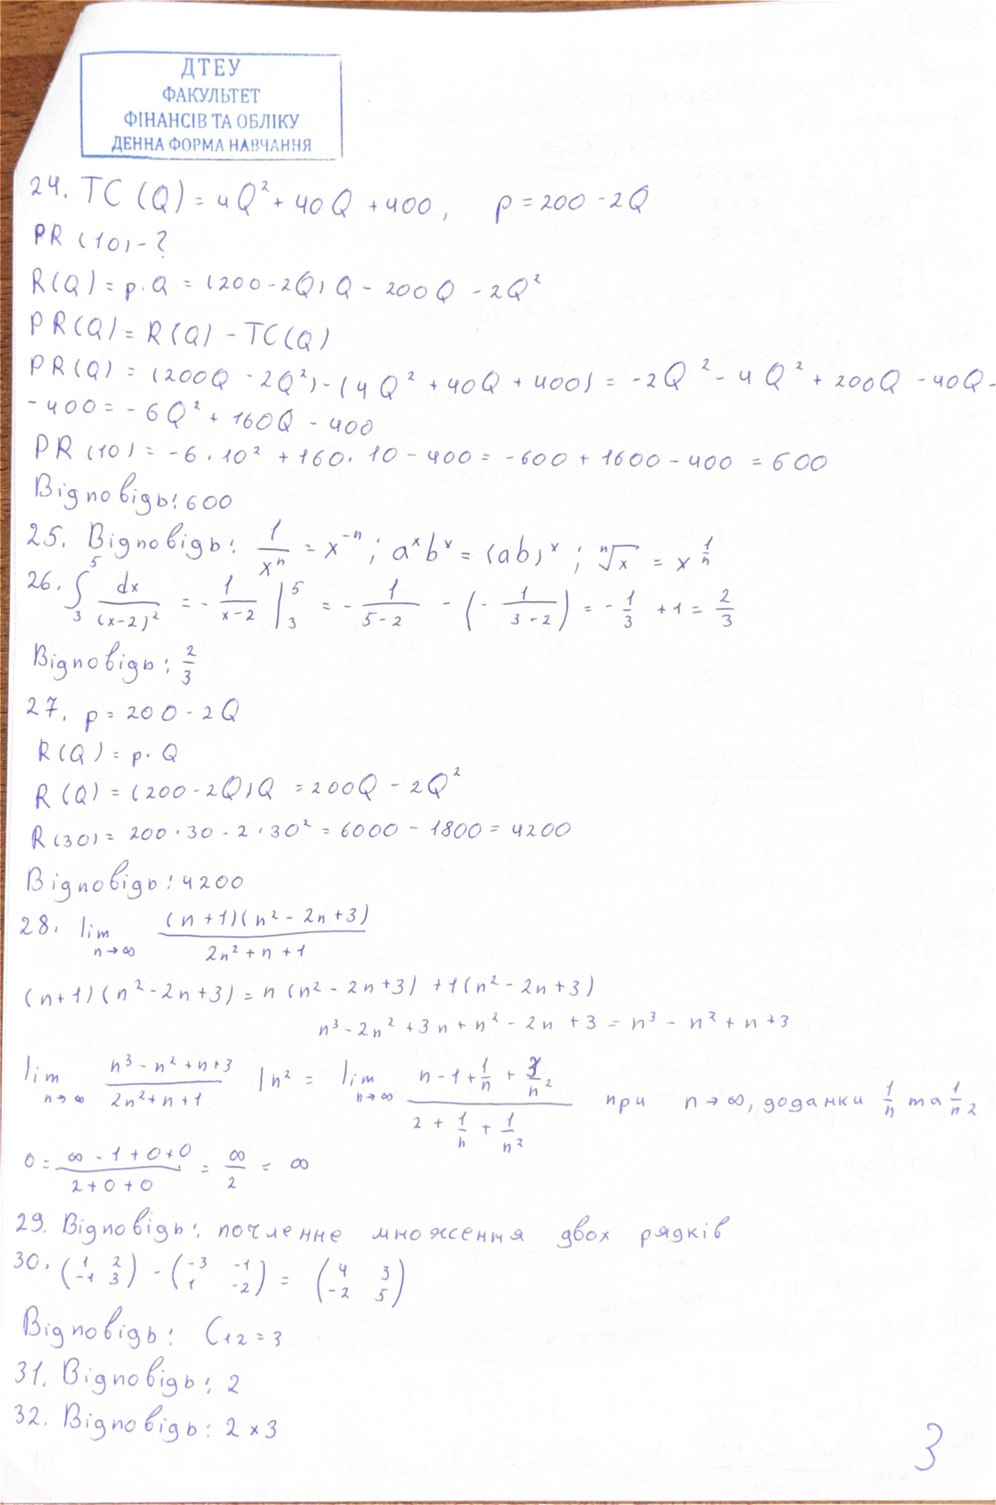
24. TC (Q) = 4 Q^2 + 40 Q + 400 , p = 200 - 2 Q
PR (10)-?
R(Q) = p . Q = (200 - 2Q)Q = 200 Q - 2Q^2
PR(Q) = R(Q) - TC(Q)
PR(Q) = (200Q - 2Q^2) - (4Q^2 + 40Q + 400) = -2Q^2 - 4Q^2 + 200Q - 40Q -
-400 = -6Q^2 + 160Q - 400
PR (10) = -6 . 10^2 + 160 . 10 - 400 = -600 + 1600 - 400 = 600
Відповідь: 600
25. Відповідь: \frac{1}{x^n} = x^{-n}; \quad a^x b^x = (ab)^x; \quad \sqrt[n]{x} = x^{\frac{1}{n}}
26. \int_{3}^{5} \frac{dx}{(x-2)^2} = - \frac{1}{x-2} \bigg|_3^5 = - \frac{1}{5-2} - (- \frac{1}{3-2}) = - \frac{1}{3} + 1 = \frac{2}{3}
Відповідь: 2/3
27. p = 200 - 2 Q
R(Q) = p . Q
R ( Q ) = ( 200 - 2 Q ) Q = 200 Q - 2 Q^2
R(30) = 200 · 30 - 2 · 30^2 = 6000 - 1800 = 4200
Відповідь: 4200
28. lim (n + 1)(n^2 - 2n + 3)/ n→∞ 2n^2+n+1
(n+1)(n^2-2n+3)=n(n^2-2n+3)+1(n^2-2n+3)
n^3-2n^2+3n+2^2-2n+3=n^3-n^2+n+3
lim n → ∞  n^3-n^2+n+3/2n^2 + n + 1 |n^2 = lim n → ∞ n-1+1/n+3/n^2/2+1/n+1/n^2 при  n → ∞, доданки 1/n так 1/n^2
0 = ∞ - 1 + 0 + 0/2+0+0 = ∞/2 = ∞
29. Відповідь: почленне множення двох рядків
30. (1 2; -1 3) - (-3 -1; 1 -2) = (4 3; -2 5)
Відповідь: C12 = 3
31. Відповідь: 2
32. Відповідь: 2 x 3
3